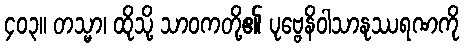
၄၀၃။ တသ္မာ၊ ထိုသို့ သာဝကတို့၏ ပုဗ္ဗေနိဝါသာနုဿရဏကို